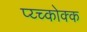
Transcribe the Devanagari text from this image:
प्य्च्कोक्क